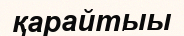
қарайтыы